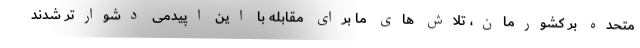
متحده بر کشورمان، تلاش های ما برای مقابله با این اپیدمی دشوارتر شدند